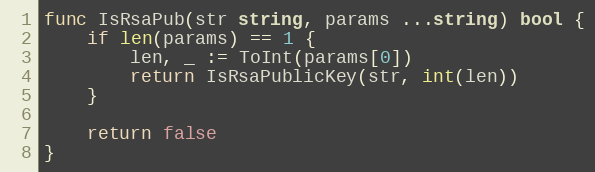
Language: Go
func IsRsaPub(str string, params ...string) bool {
	if len(params) == 1 {
		len, _ := ToInt(params[0])
		return IsRsaPublicKey(str, int(len))
	}

	return false
}